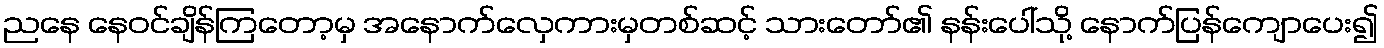
ညနေ နေဝင်ချိန်ကြတော့မှ အနောက်လှေကားမှတစ်ဆင့် သားတော်၏ နန်းပေါ်သို့ နောက်ပြန်ကျောပေး၍